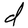
Character: d